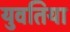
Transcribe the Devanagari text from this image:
युवतिया